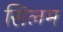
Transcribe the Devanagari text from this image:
सिलम